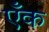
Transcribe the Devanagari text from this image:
एँक